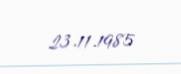
23.11.1985